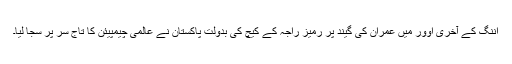
اننگ کے آخری اوور میں عمران کی گیند پر رمیز راجہ کے کیچ کی بدولت پاکستان نے عالمی چیمپیئن کا تاج سر پر سجا لیا۔